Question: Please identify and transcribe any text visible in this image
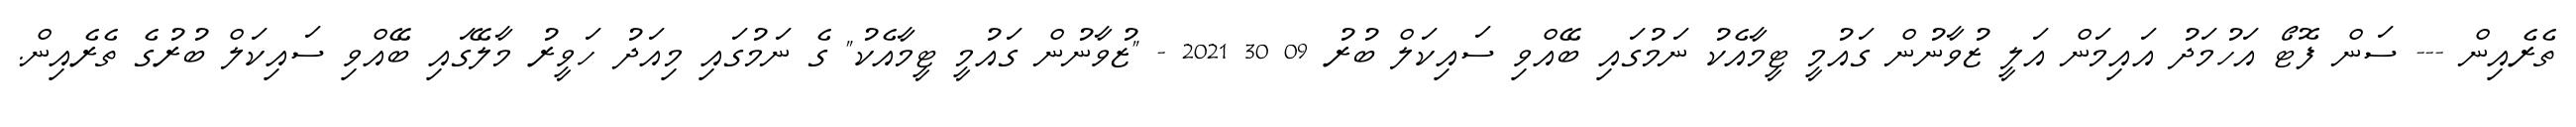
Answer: ތެރެއިން --- ސަން ފޮޓޯ އަހުމަދު އައިމަން އަލީ ޒުވާނުން ގައުމީ ޓީމާއެކު ނަމުގައި ބޭއްވި ސައިކަލް ބުރު 09 30 2021 - "ޒުވާނުން ގައުމީ ޓީމާއެކު" ގެ ނަމުގައި މިއަދު ހަވީރު މާލޭގައި ބޭއްވި ސައިކަލް ބުރުގެ ތެރެއިން.